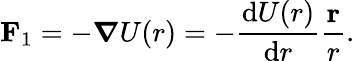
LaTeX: \mathbf{F}_{1}=-\boldsymbol{\nabla}U(r)=-\frac{\mathrm{d}U(r)}{\mathrm{d}r}\frac{\mathbf{r}}{r}.